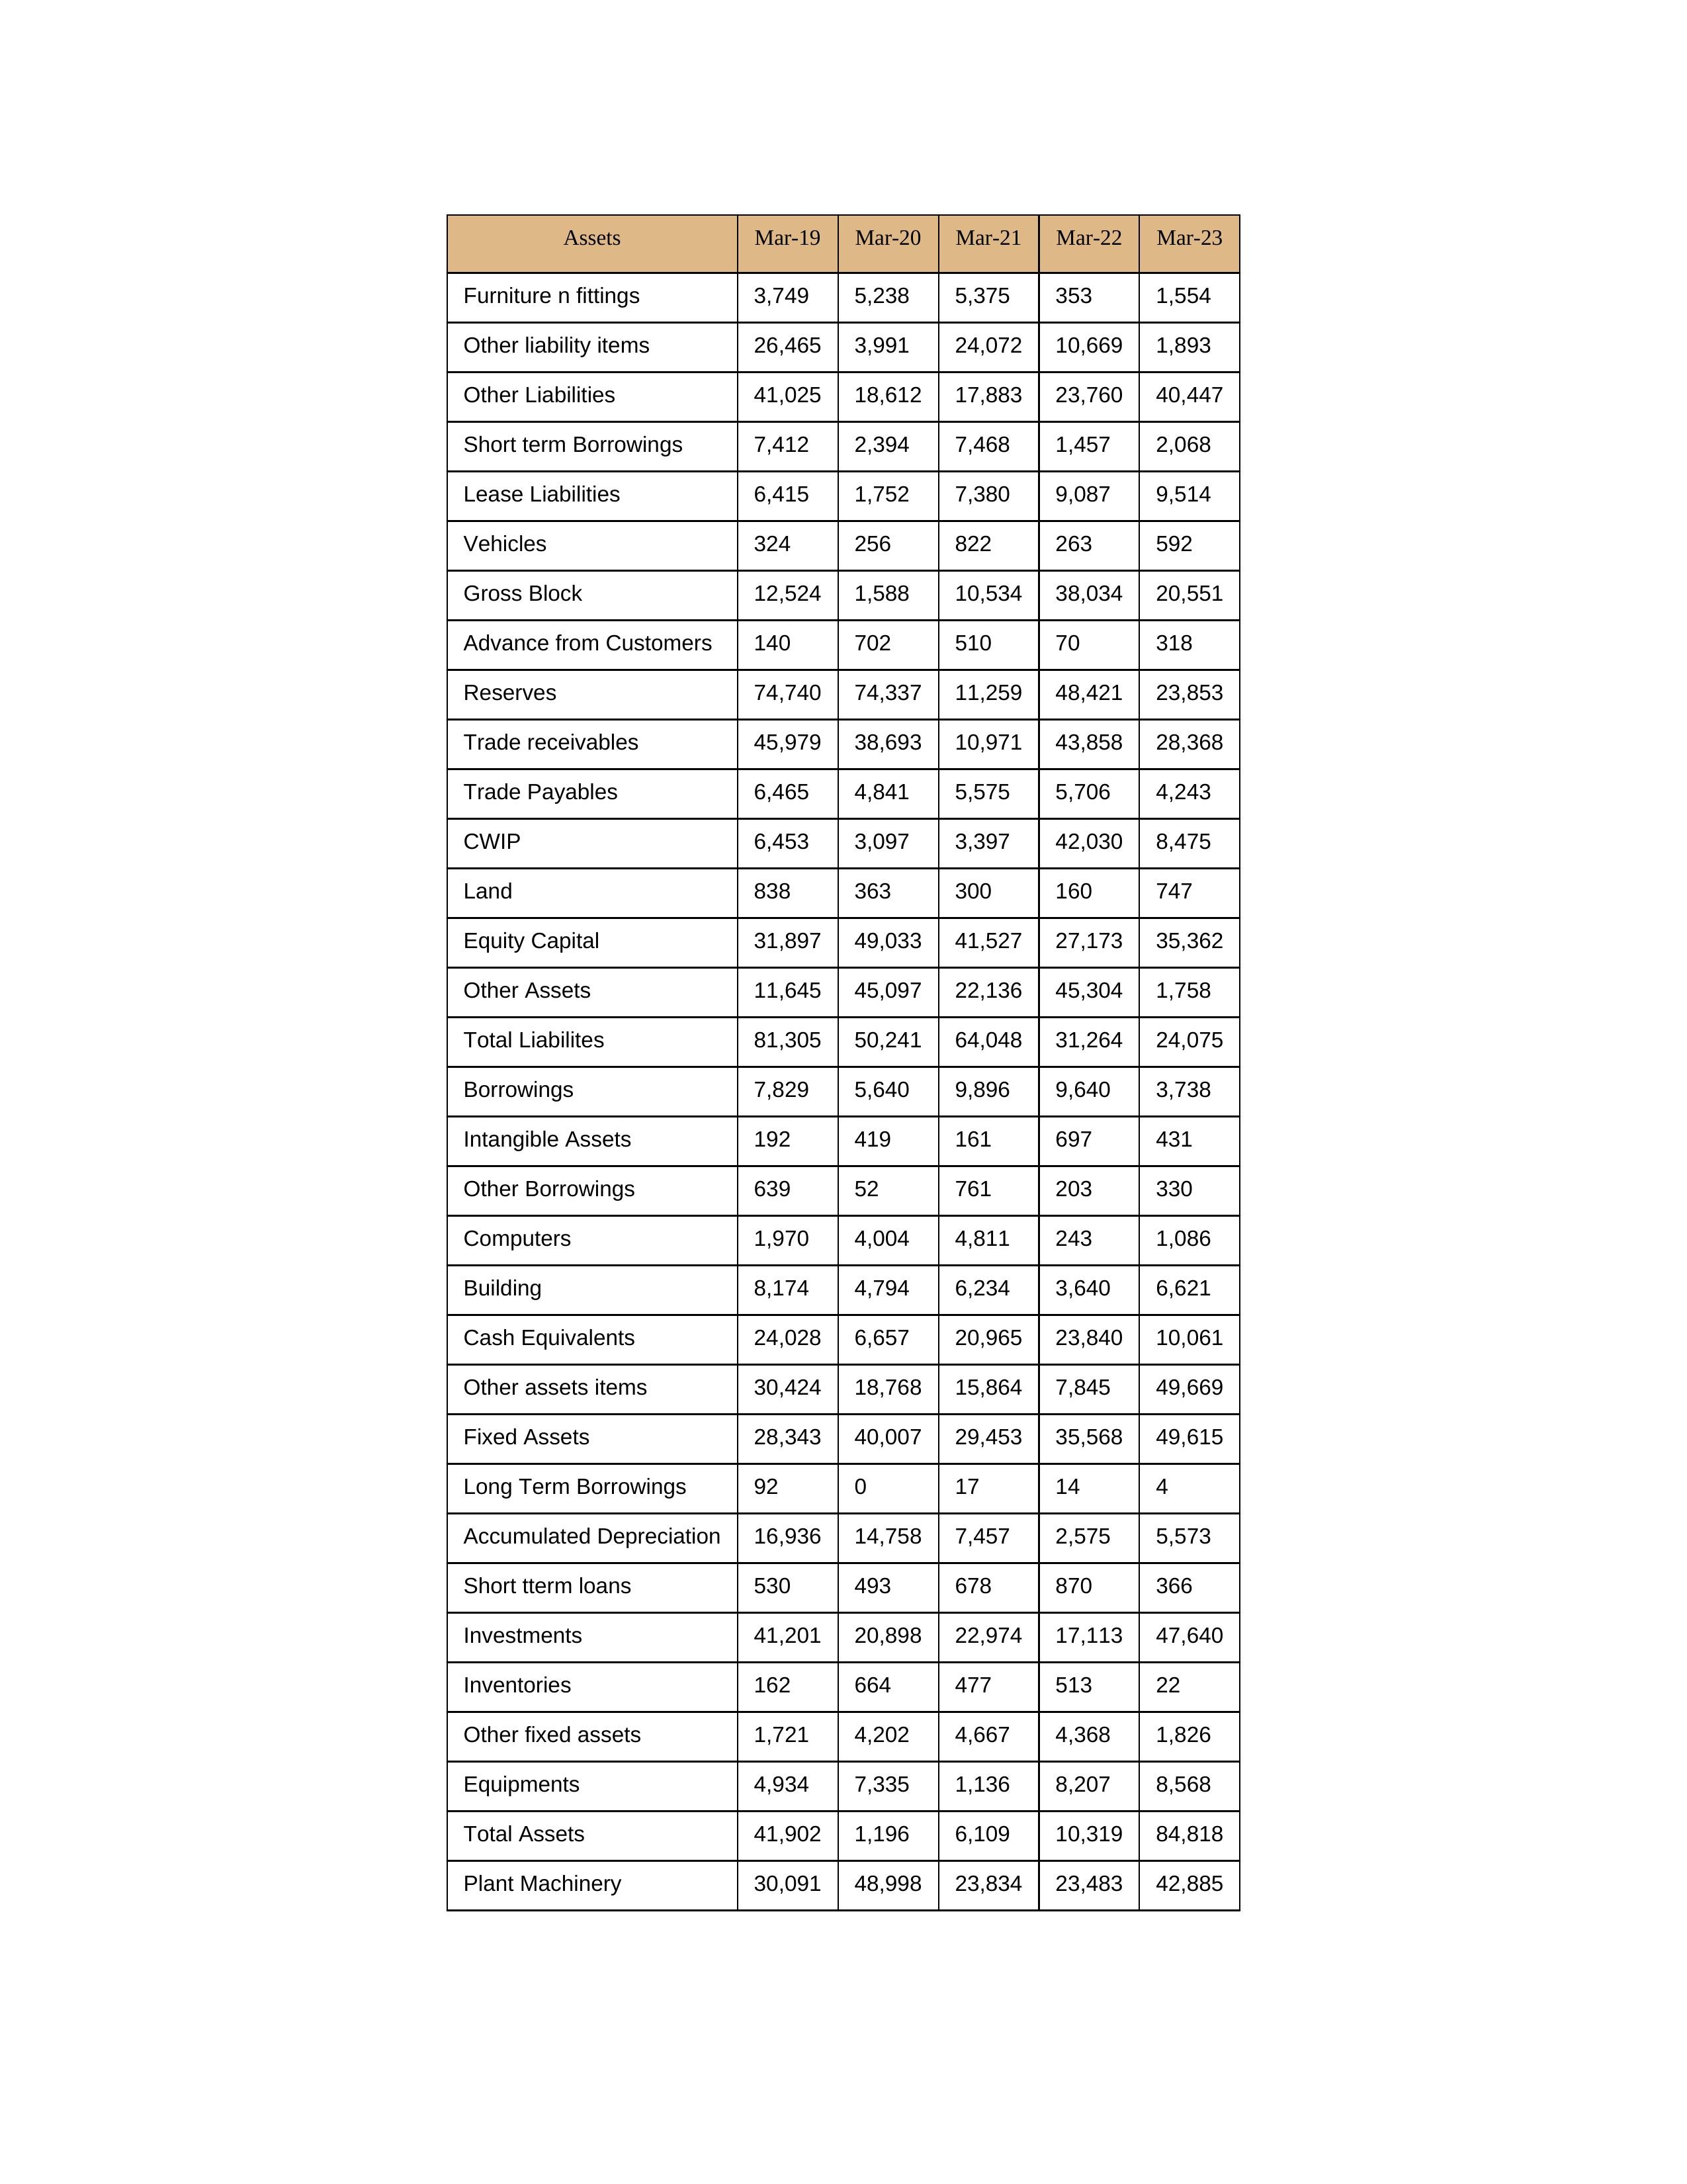
gt_parse: Mar-19: Equity Capital: 31,897
Reserves: 74,740
Borrowings: 7,829
Long Term Borrowings: 92
Short term Borrowings: 7,412
Lease Liabilities: 6,415
Other Borrowings: 639
Other Liabilities: 41,025
Trade Payables: 6,465
Advance from Customers: 140
Other liability items: 26,465
Total Liabilites: 81,305
Fixed Assets: 28,343
Land: 838
Building: 8,174
Plant Machinery: 30,091
Equipments: 4,934
Computers: 1,970
Furniture n fittings: 3,749
Vehicles: 324
Intangible Assets: 192
Other fixed assets: 1,721
Gross Block: 12,524
Accumulated Depreciation: 16,936
CWIP: 6,453
Investments: 41,201
Other Assets: 11,645
Inventories: 162
Trade receivables: 45,979
Cash Equivalents: 24,028
Short tterm loans: 530
Other assets items: 30,424
Total Assets: 41,902
Mar-20: Equity Capital: 49,033
Reserves: 74,337
Borrowings: 5,640
Long Term Borrowings: 0
Short term Borrowings: 2,394
Lease Liabilities: 1,752
Other Borrowings: 52
Other Liabilities: 18,612
Trade Payables: 4,841
Advance from Customers: 702
Other liability items: 3,991
Total Liabilites: 50,241
Fixed Assets: 40,007
Land: 363
Building: 4,794
Plant Machinery: 48,998
Equipments: 7,335
Computers: 4,004
Furniture n fittings: 5,238
Vehicles: 256
Intangible Assets: 419
Other fixed assets: 4,202
Gross Block: 1,588
Accumulated Depreciation: 14,758
CWIP: 3,097
Investments: 20,898
Other Assets: 45,097
Inventories: 664
Trade receivables: 38,693
Cash Equivalents: 6,657
Short tterm loans: 493
Other assets items: 18,768
Total Assets: 1,196
Mar-21: Equity Capital: 41,527
Reserves: 11,259
Borrowings: 9,896
Long Term Borrowings: 17
Short term Borrowings: 7,468
Lease Liabilities: 7,380
Other Borrowings: 761
Other Liabilities: 17,883
Trade Payables: 5,575
Advance from Customers: 510
Other liability items: 24,072
Total Liabilites: 64,048
Fixed Assets: 29,453
Land: 300
Building: 6,234
Plant Machinery: 23,834
Equipments: 1,136
Computers: 4,811
Furniture n fittings: 5,375
Vehicles: 822
Intangible Assets: 161
Other fixed assets: 4,667
Gross Block: 10,534
Accumulated Depreciation: 7,457
CWIP: 3,397
Investments: 22,974
Other Assets: 22,136
Inventories: 477
Trade receivables: 10,971
Cash Equivalents: 20,965
Short tterm loans: 678
Other assets items: 15,864
Total Assets: 6,109
Mar-22: Equity Capital: 27,173
Reserves: 48,421
Borrowings: 9,640
Long Term Borrowings: 14
Short term Borrowings: 1,457
Lease Liabilities: 9,087
Other Borrowings: 203
Other Liabilities: 23,760
Trade Payables: 5,706
Advance from Customers: 70
Other liability items: 10,669
Total Liabilites: 31,264
Fixed Assets: 35,568
Land: 160
Building: 3,640
Plant Machinery: 23,483
Equipments: 8,207
Computers: 243
Furniture n fittings: 353
Vehicles: 263
Intangible Assets: 697
Other fixed assets: 4,368
Gross Block: 38,034
Accumulated Depreciation: 2,575
CWIP: 42,030
Investments: 17,113
Other Assets: 45,304
Inventories: 513
Trade receivables: 43,858
Cash Equivalents: 23,840
Short tterm loans: 870
Other assets items: 7,845
Total Assets: 10,319
Mar-23: Equity Capital: 35,362
Reserves: 23,853
Borrowings: 3,738
Long Term Borrowings: 4
Short term Borrowings: 2,068
Lease Liabilities: 9,514
Other Borrowings: 330
Other Liabilities: 40,447
Trade Payables: 4,243
Advance from Customers: 318
Other liability items: 1,893
Total Liabilites: 24,075
Fixed Assets: 49,615
Land: 747
Building: 6,621
Plant Machinery: 42,885
Equipments: 8,568
Computers: 1,086
Furniture n fittings: 1,554
Vehicles: 592
Intangible Assets: 431
Other fixed assets: 1,826
Gross Block: 20,551
Accumulated Depreciation: 5,573
CWIP: 8,475
Investments: 47,640
Other Assets: 1,758
Inventories: 22
Trade receivables: 28,368
Cash Equivalents: 10,061
Short tterm loans: 366
Other assets items: 49,669
Total Assets: 84,818